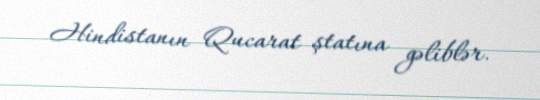
Hindistanın Qucarat ştatına gəliblər.